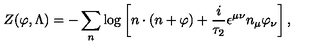
Z ( \varphi , \Lambda ) = - \sum _ { n } \log \left[ n \cdot ( n + \varphi ) + \frac { i } { \tau _ { 2 } } \epsilon ^ { \mu \nu } n _ { \mu } \varphi _ { \nu } \right] ,